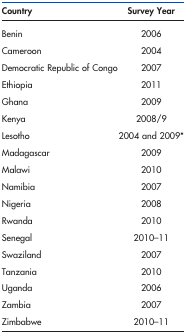
<table><thead><tr><td><b>Country</b></td><td><b>Survey Year</b></td></tr></thead><tbody><tr><td>Benin</td><td>2006</td></tr><tr><td>Cameroon</td><td>2004</td></tr><tr><td>Democratic Republic of Congo</td><td>2007</td></tr><tr><td>Ethiopia</td><td>2011</td></tr><tr><td>Ghana</td><td>2009</td></tr><tr><td>Kenya</td><td>2008/9</td></tr><tr><td>Lesotho</td><td>2004 and 2009*</td></tr><tr><td>Madagascar</td><td>2009</td></tr><tr><td>Malawi</td><td>2010</td></tr><tr><td>Namibia</td><td>2007</td></tr><tr><td>Nigeria</td><td>2008</td></tr><tr><td>Rwanda</td><td>2010</td></tr><tr><td>Senegal</td><td>2010–11</td></tr><tr><td>Swaziland</td><td>2007</td></tr><tr><td>Tanzania</td><td>2010</td></tr><tr><td>Uganda</td><td>2006</td></tr><tr><td>Zambia</td><td>2007</td></tr><tr><td>Zimbabwe</td><td>2010–11</td></tr></tbody></table>